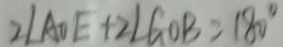
2 \angle A O E + 2 \angle G O B = 1 8 0 ^ { \circ }